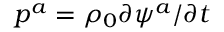
p ^ { a } = \rho _ { 0 } \partial \psi ^ { a } / \partial t